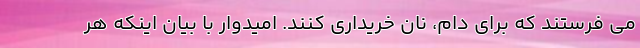
می فرستند که برای دام، نان خریداری کنند. امیدوار با بیان اینکه هر